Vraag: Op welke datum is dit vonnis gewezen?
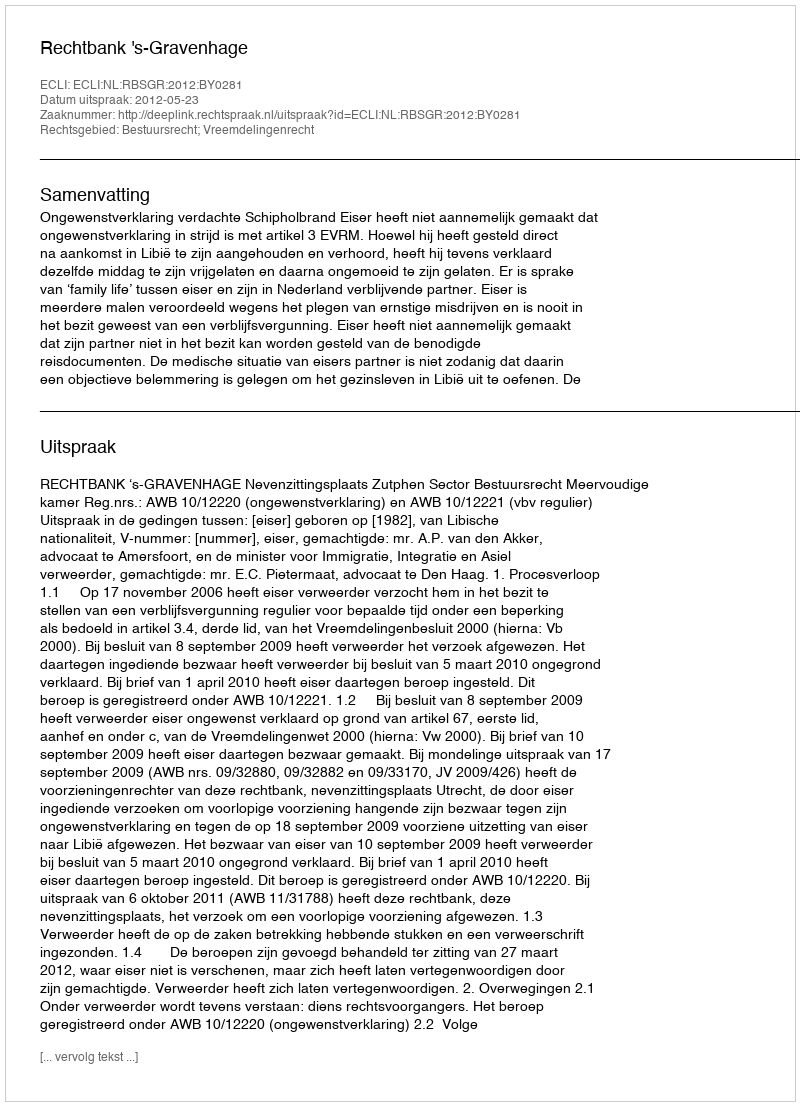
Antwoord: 2012-05-23